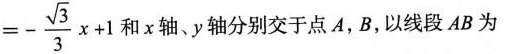
= - \frac { \sqrt { 3 } } { 3 } x + 1$$ 和x轴、y轴分别交于点A，B，以线段AB为